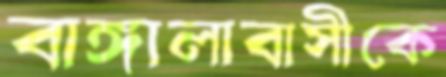
বাঙ্গালাবাসীকে